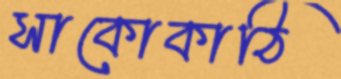
সাকোকাঠি